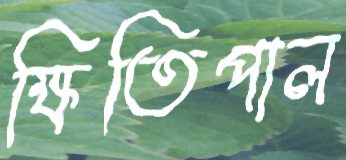
ক্ষিতিপাল